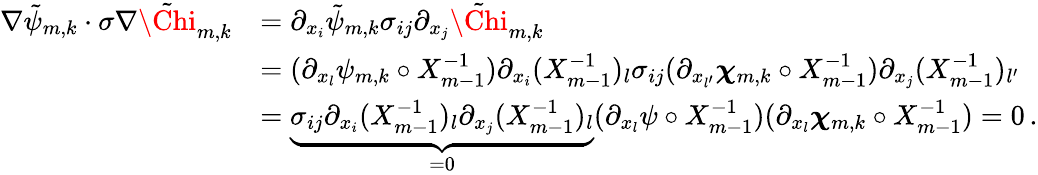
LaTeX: \begin{array}{rl}{\nabla\tilde{\psi}_{m,k}\cdot\sigma\nabla\tilde{\Chi}_{m,k}}&{=\partial_{x_{i}}\tilde{\psi}_{m,k}\sigma_{ij}\partial_{x_{j}}\tilde{\Chi}_{m,k}}\\ &{=(\partial_{x_{l}}\psi_{m,k}\circ X_{m-1}^{-1})\partial_{x_{i}}(X_{m-1}^{-1})_{l}\sigma_{ij}(\partial_{x_{l^{\prime}}}{\boldsymbol{\chi}}_{m,k}\circ X_{m-1}^{-1})\partial_{x_{j}}(X_{m-1}^{-1})_{l^{\prime}}}\\ &{=\underbrace{\sigma_{ij}\partial_{x_{i}}(X_{m-1}^{-1})_{l}\partial_{x_{j}}(X_{m-1}^{-1})_{l}}_{=0}(\partial_{x_{l}}\psi\circ X_{m-1}^{-1})(\partial_{x_{l}}{\boldsymbol{\chi}}_{m,k}\circ X_{m-1}^{-1})=0\, .}\end{array}